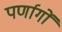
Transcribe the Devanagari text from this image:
पर्णागों